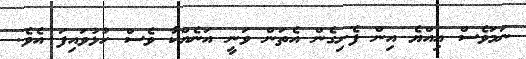
ނަމަވެސް އިއްޔެ އިން ފެށިގެން އެތަން ވަނީ އަނެއްކާ ވެސް ހުޅުވައިފަ އެވެ.